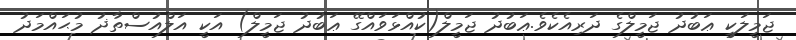
ޖަމީލަކީ ޢަބުދު ޖަމީލްގެ ދަރިއެކެވެ.ޢަބުދު ޖަމީލް(ކުއްޅަވައްގޭ ޢަބުދު ޖަމީލް) އަކީ އަލްއުސްތާޛު މުޙައްމަދު